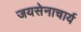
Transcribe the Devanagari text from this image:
जयसेनाचार्य